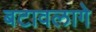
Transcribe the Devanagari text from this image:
बटावलागे